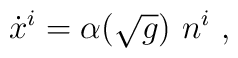
\dot{x}^{i} = \alpha (\sqrt{g})\ n^{i}\ ,